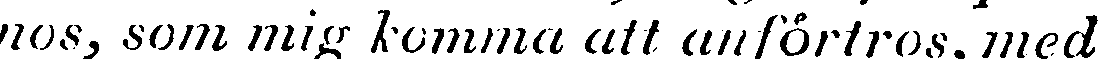
nos, som mig komma att anförtros, med